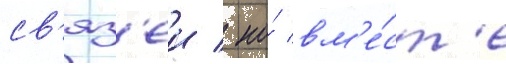
св'яз'еи / но́ вм'е́ст'е